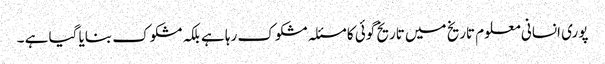
پوری انسانی معلوم تاریخ میں تاریخ گوئی کا مسئلہ مشکوک رہا ہے بلکہ مشکوک بنایا گیا ہے ۔